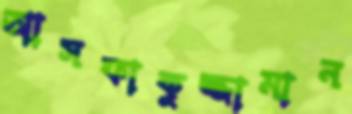
আসফাকুজ্জামান